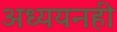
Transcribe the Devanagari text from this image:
अध्ययनही